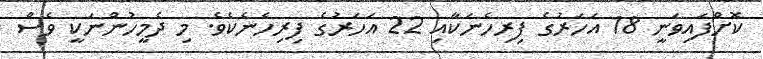
ކޮށްފައިވަނީ 18 އަހަރުގެ ފިރިހެނަކާއި 22 އަހަރުގެ ފިރިހެނެކެވެ. މި ދެމީހުންނަކީ ވެސް